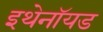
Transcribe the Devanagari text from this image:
इथेनॉयड